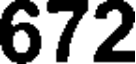
672